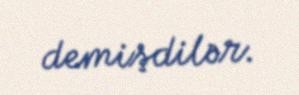
demişdilər.